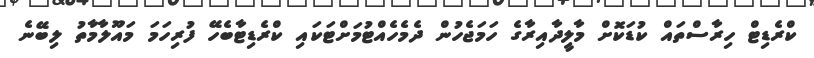
ކްރެޑިޓް ހިރާސްތައް ކުޑަކޮށް މާލީދާއިރާގެ ހަމަޖެހުން ދެމެހެއްޓުމަށްޓަކައި ކްރެޑިޓާބެހޭ ފުރިހަމަ މައޫލާމާތު ލިބޭނެ